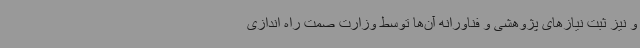
و نیز ثبت نیازهای پژوهشی و فناورانه آن‌ها توسط وزارت صمت راه اندازی